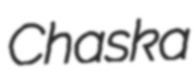
Chaska